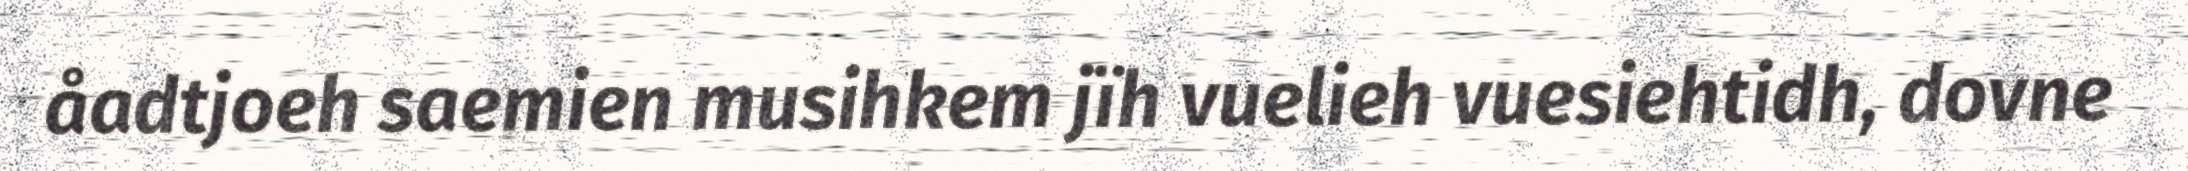
åadtjoeh saemien musihkem jïh vuelieh vuesiehtidh, dovne